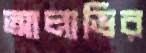
আলাভির